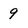
Character: 9